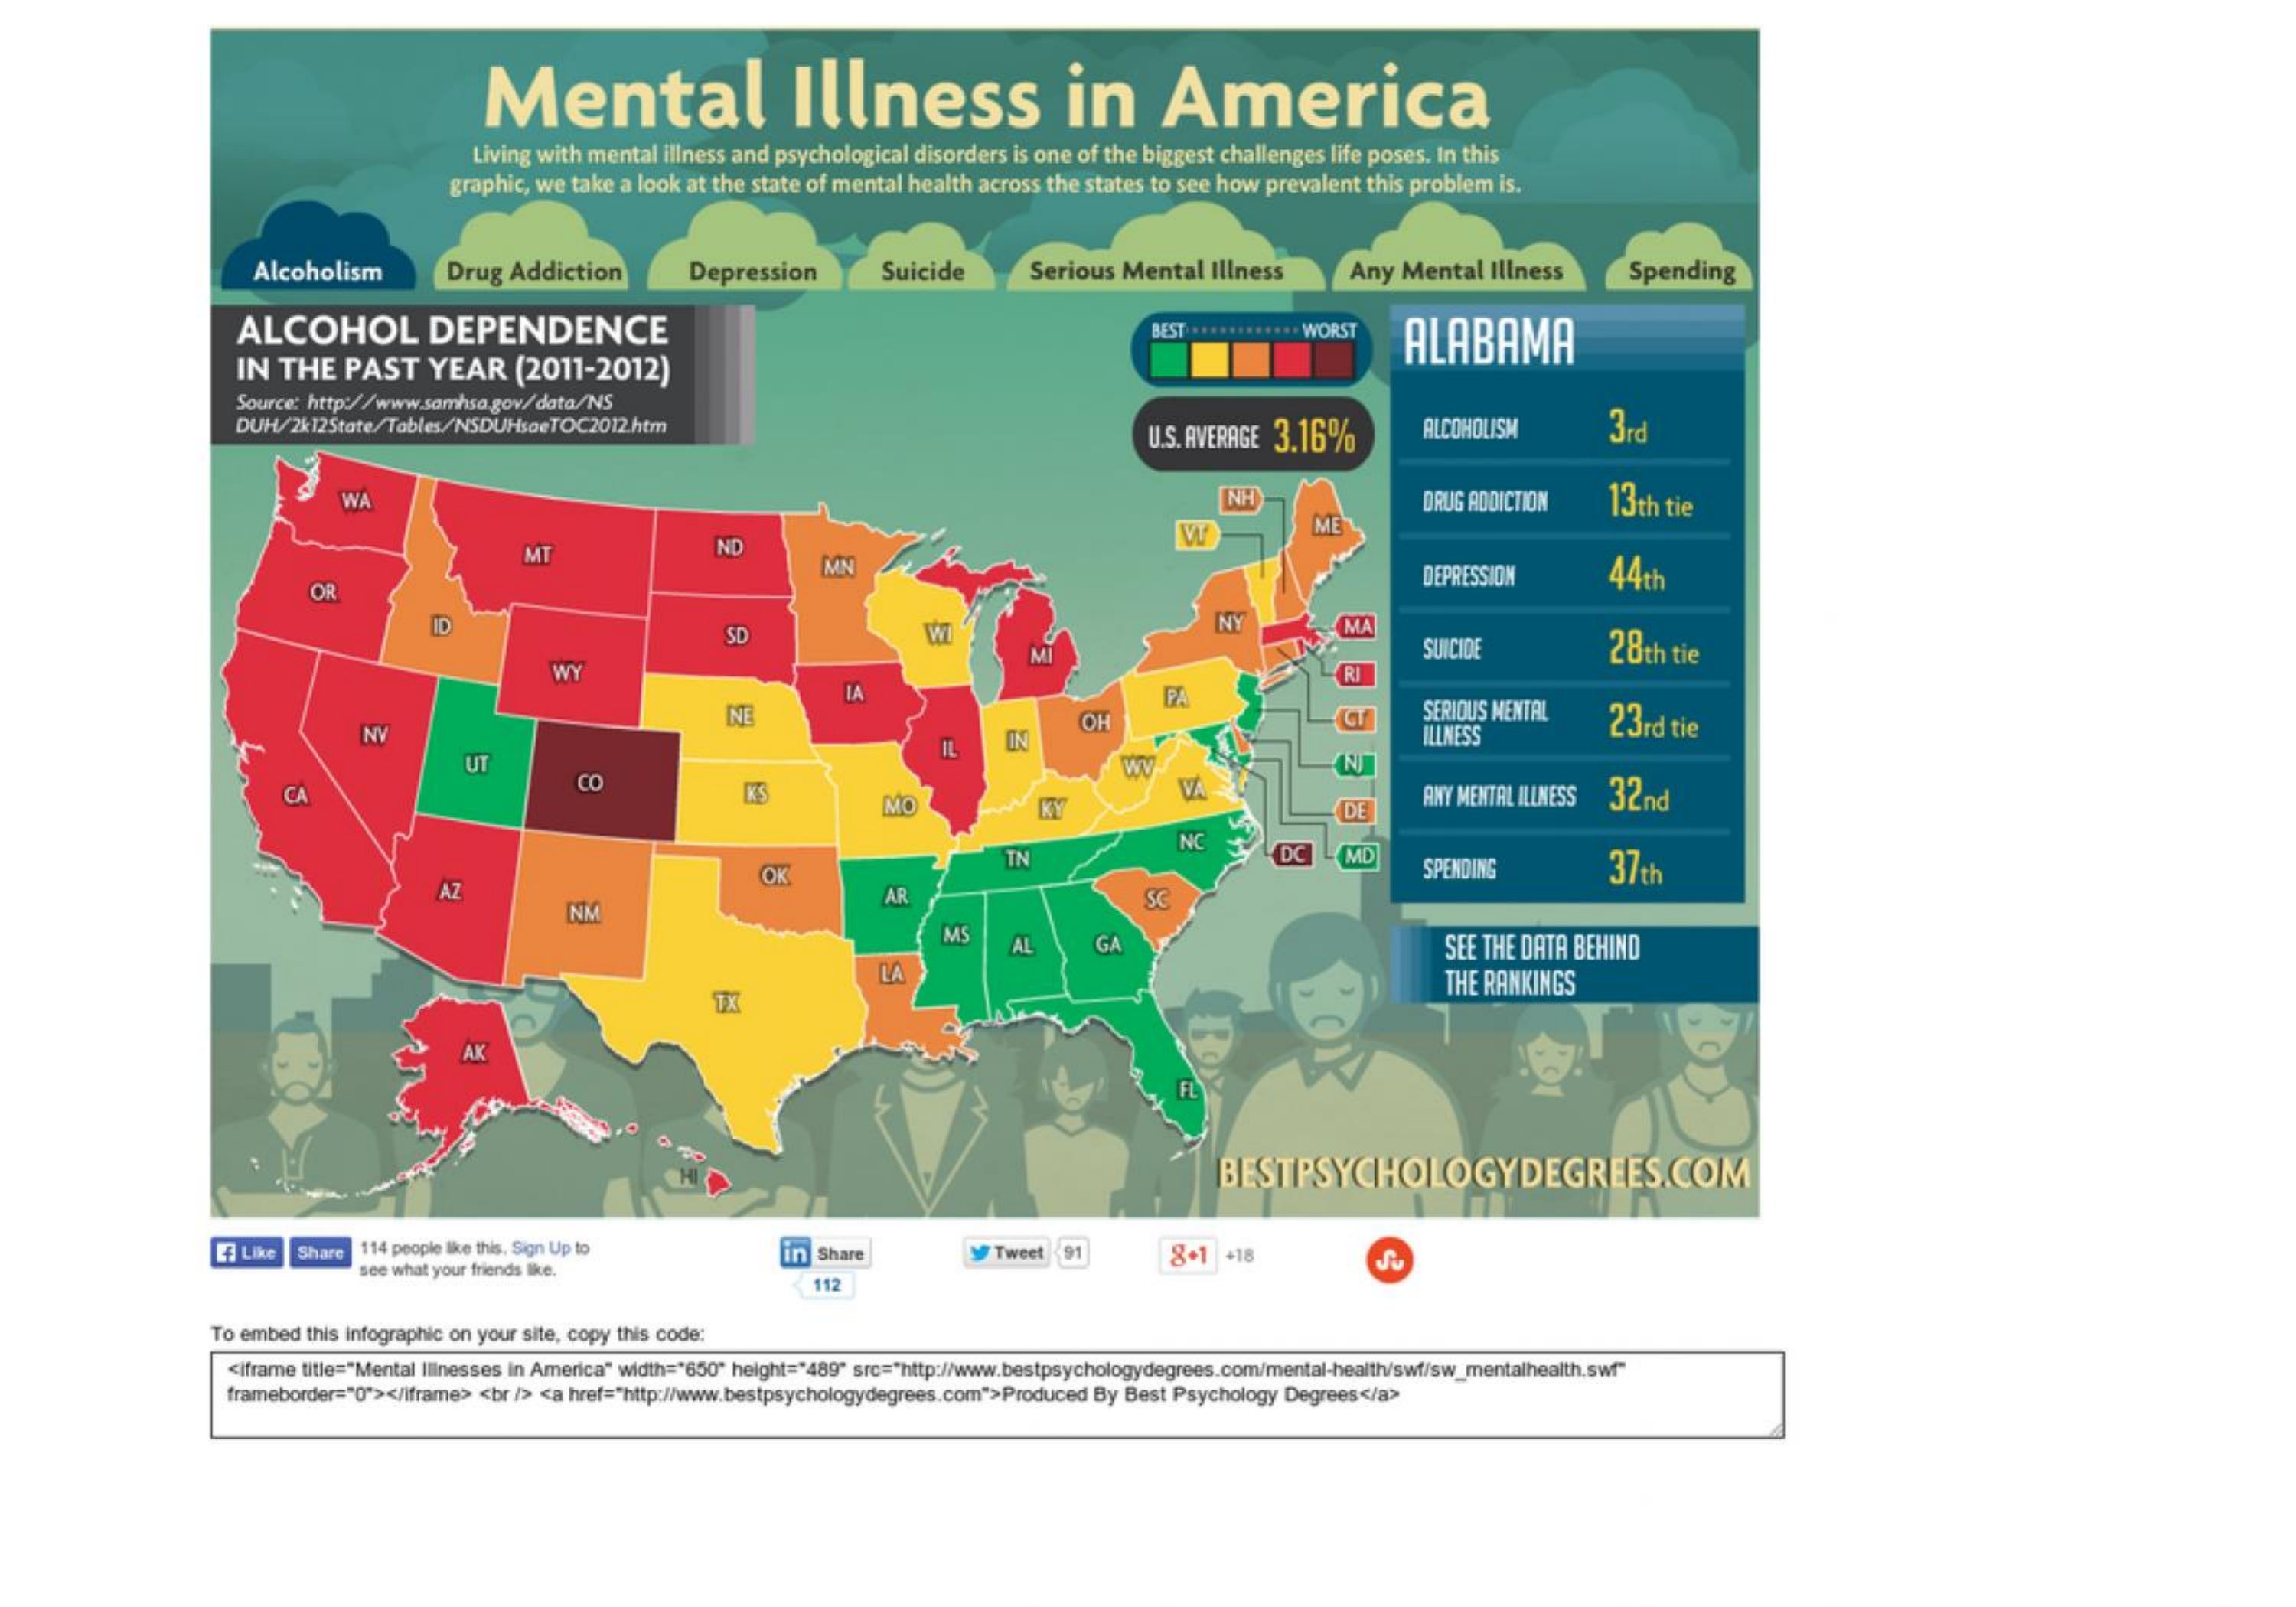
Mental    Illness    in    America
     Living with mental illness and psychological disorders is one of the biggest challenges life poses. In this
     graphic, we take a look at the state of mental health across the states to see how prevalent this problem is.
     Alcoholism    Drug  Addiction    Depression    Suicide    Serious  Mental   Illness    Any  Mental   Illness    Spending
     ALCOHOL    DEPENDENCE    BEST :***********. WORST
     IN  THE    PAST    YEAR    (2011-2012)
     ALABAMA
     Source: http://www.samhsa.gov/data/NS
     DUH/2k12State/Tables/NSDUHsaeTOC2012.htm
     U.S. AVERAGE 3.16%    ALCOHOLISM    3rd
     WA    NH    DRUG ADDICTION    13th  tie
     MT    ND
     VT    ME
     MN    44th
     OR
     DEPRESSION
     SD    W
     NY    MA
     SUICIDE    28th  tie
     WY
     LA
     RI
     NE    OH
     PA
     SERIOUS MENTAL
     NV
     IL    IN    ILLNESS    23rd  tie
     UT
     KS
     WV
     CA
     CO
     MO    KY
     VA
     DE    ANY MENTAL ILLNESS 32nd
     OK
     TN
     NC
     DC    MD
     SPENDING    37th
     AZ
     NM
     AR    SC
     MS    AL    GA    SEE THE DATA BEHIND
     LA
     TX
     THE RANKINGS
     AK
     IFL
     BESTPSYCHOLOGYDEGREES.COM
     Ei Like  Shar  114 people like this. Sign Up to
     see what your friends like.
     in Share    Tweet  91    8+1  +18
     112
     To embed this infographic on your site, copy this code:
     <iframe title="Mental Illnesses in America" width="650" height="489" src="http://www.bestpsychologydegrees.com/mental-health/swf/sw_mentalhealth.swf"
     frameborder="0"></iframe> <br /> <a href="http:/www.bestpsychologydegrees.com">Produced By Best Psychology Degrees</a>